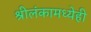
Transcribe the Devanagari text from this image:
श्रीलंकामध्येही